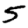
Digit: 5